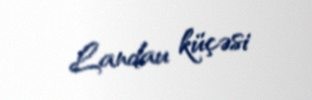
Landau küçəsi